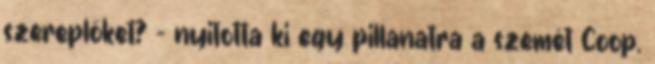
szereplőket? – nyitotta ki egy pillanatra a szemét Coop.